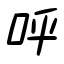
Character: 呼